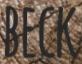
BECK